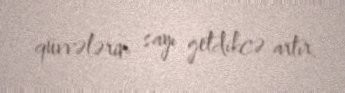
qüvvələrin sayı getdikcə artır.